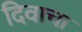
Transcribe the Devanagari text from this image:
दिवाचा